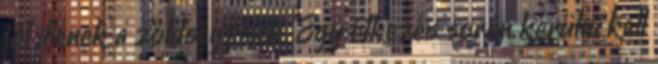
jól illenek a zöldségfélék. Egy étkezés során kerülni kell